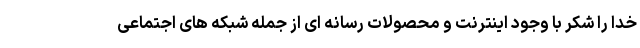
خدا را شکر با وجود اینترنت و محصولات رسانه ای از جمله شبکه های اجتماعی